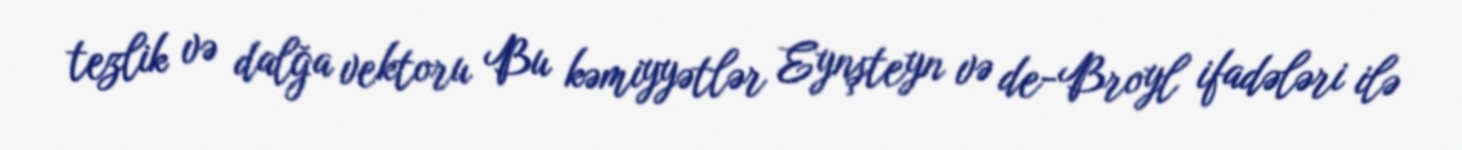
tezlik və dalğa vektoru Bu kəmiyyətlər Eynşteyn və de-Broyl ifadələri ilə